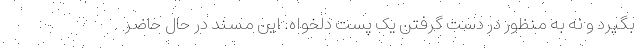
بگیرد و نه به منظور در دست گرفتن یک پست دلخواه. این مسند در حال حاضر